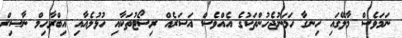
ނަމަވެސް މާލޭގައި ހިނގާ ހަމަނުޖެހުންތަކުގެ އެއްވެސް އަސަރެއް ރިސޯޓުތަކާއި ހުޅުލެއާއި އިބްރާހިމް ނާސިރް